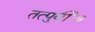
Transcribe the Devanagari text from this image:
तत्पुर्वीच